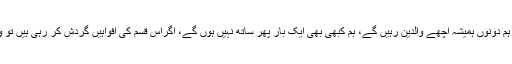
سوزین خان کا کہنا تھا کہ ہریتھک روشن کے ساتھ دوبارہ مصالحت کا سوال ہی نہیں لیکن ہم دونوں ہمیشہ اچھے والدین رہیں گے، ہم کبھی بھی ایک بار پھر ساتھ نہیں ہوں گے، اگراس قسم کی افواہیں گردش کر رہی ہیں تو وہ من گھڑت ہیں جب کہ انہوں نے عوام سے قیاس آرائیاں نہ کرنے کی بھی درخواست کی۔